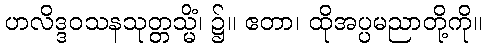
ဟလိဒ္ဒဝသနသုတ္တသ္မိံ၊ ၌။ ဧတာ၊ ထိုအပ္ပမညာတို့ကို။